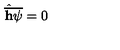
\hat { \overline { { \bf h } } } \overline { { \psi } } = 0